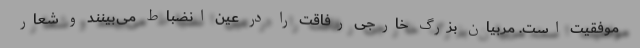
موفقیت است. مربیان بزرگ خارجی رفاقت را در عین انضباط می‌بینند و شعار